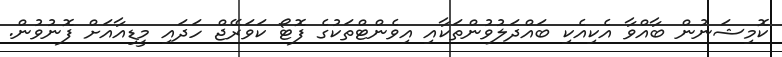
ކޮމިޝަނުން ބާއްވާ އެކިއެކި ބައްދަލުވުންތަކާއި އިވެންޓްތަކުގެ ފޮޓޯ ކަވަރޭޖް ހަދައި މީޑިއާއަށް ފޮނުވުން.